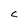
Character: C